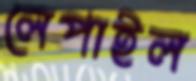
লেপাইল